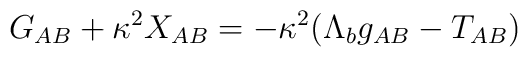
G_{AB}+\kappa^2 X_{AB}=-\kappa^2(\Lambda_b g_{AB}-T_{AB})